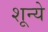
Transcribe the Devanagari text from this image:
शून्ये